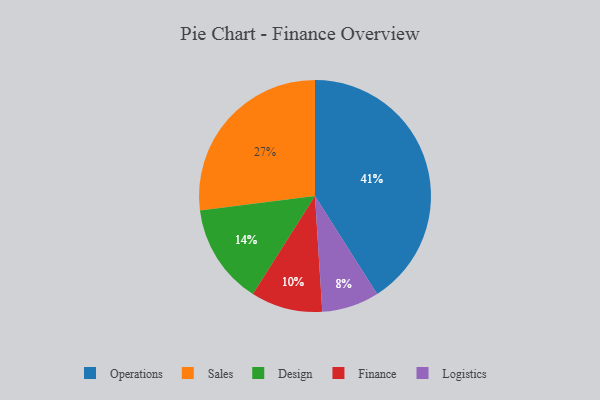
{"axis": {"x": "Category", "y": "Percentage"}, "legend": ["Design", "Finance", "Logistics", "Operations", "Sales"], "data": [{"x": "Operations", "y": 41, "type": "Operations"}, {"x": "Logistics", "y": 8, "type": "Logistics"}, {"x": "Finance", "y": 10, "type": "Finance"}, {"x": "Design", "y": 14, "type": "Design"}, {"x": "Sales", "y": 27, "type": "Sales"}]}